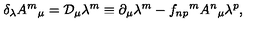
\delta _ { \lambda } A ^ { m } { } _ { \mu } = { \cal D } _ { \mu } \lambda ^ { m } \equiv \partial _ { \mu } \lambda ^ { m } - f _ { n p } { } ^ { m } A ^ { n } { } _ { \mu } \lambda ^ { p } ,